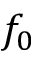
f _ { 0 }